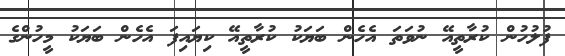
ފުލުހުން ކުރާތީއޭ ނުވަތަ އެހެން ބަޔަކު ކުރާތީއޭ ކިޔައިފަ އެހެން ބަޔަކު މީހުންގެ